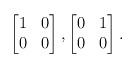
LaTeX: \begin{align*}\begin{bmatrix}1 & 0 \\0 & 0\end{bmatrix} , \begin{bmatrix}0 & 1 \\0 & 0\end{bmatrix} .\end{align*}